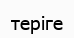
теріге